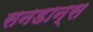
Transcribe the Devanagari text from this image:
सनडान्स